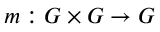
m : G \times G \to G